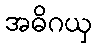
အဓိဂယှ